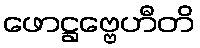
ဖောဋ္ဌဗ္ဗေဟီတိ